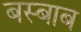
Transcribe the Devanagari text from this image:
बस्बाब